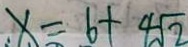
. x = 6 + 4 \sqrt { 2 }